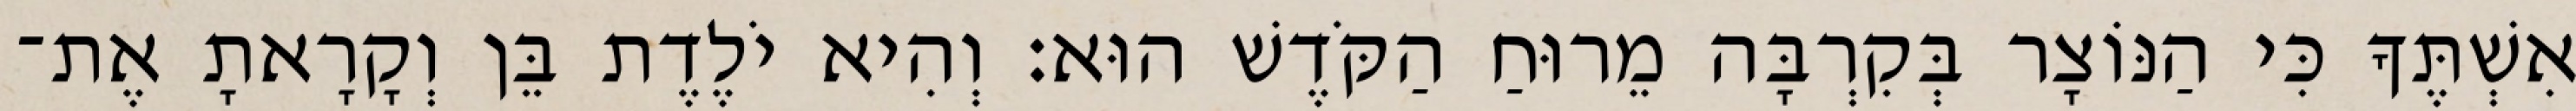
אִשְׁתֶּךָ כִּי הַנּוֹצָר בְּקִרְבָּה מֵרוּחַ הַקֹּדֶשׁ הוּא׃ וְהִיא יֹלֶדֶת בֵּן וְקָרָאתָ אֶת־